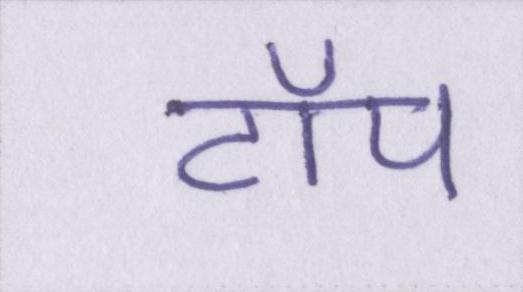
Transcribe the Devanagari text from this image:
टॉप